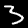
Label: 3